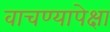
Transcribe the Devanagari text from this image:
वाचण्यापेक्षा